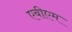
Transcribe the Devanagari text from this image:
एबीएम